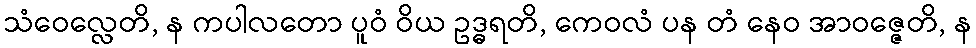
သံဝေလ္လေတိ, န ကပါလတော ပူဝံ ဝိယ ဥဒ္ဓရတိ, ကေဝလံ ပန တံ နေဝ အာဝဇ္ဇေတိ, န